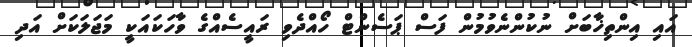
އައި އިންތިޚާބަށް ނުކުންނެވުމުން ފަސް ޕަސެންޓް ހޯއްދެވި ރައީސެއްގެ ވާހަކައަކީ މަޖަލަކަށް އަދި